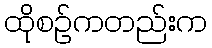
ထိုစဉ်ကတည်းက